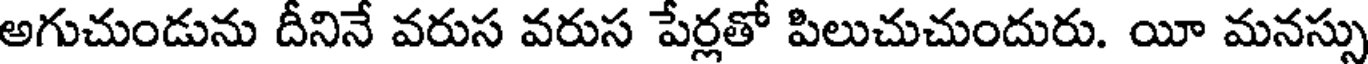
అగుచుండును దీనినే వరుస వరుస పేర్లతో పిలుచుచుందురు. యీ మనస్సు